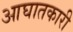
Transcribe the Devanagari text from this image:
आघातकारी